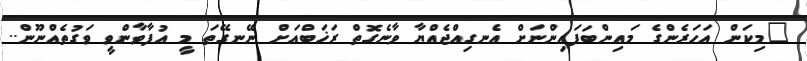
"މިކަން އަހަރެންގެ މައިންބަފައިންނަށް އެނގިއްޖެއްޔާ ވާނެގޮތް ރަޚަބްއަށް ނޭނގޭތަ މީ އުފާވާންވީ ވަގުތެއްނޫން..